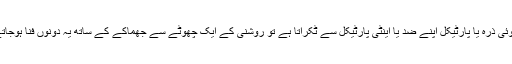
جب کوئی ذرہ یا پارٹیکل اپنے ضد یا اینٹی پارٹیکل سے ٹکراتا ہے تو روشنی کے ایک چھوٹے سے جھماکے کے ساتھ یہ دونوں فنا ہوجاتے ہیں۔